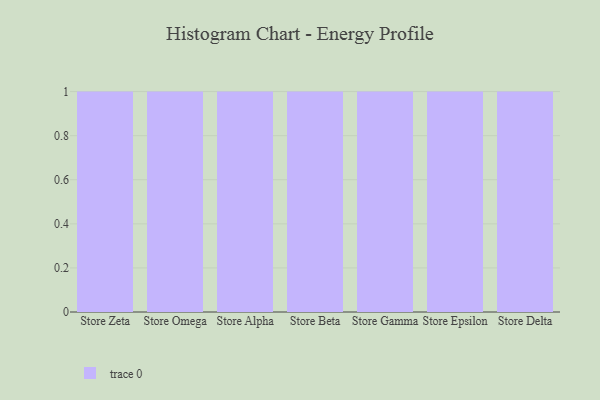
{"axis": {"x": "Store", "y": "Conversion Rate (%)"}, "legend": [""], "data": [{"x": "Store Zeta", "y": 9, "type": ""}, {"x": "Store Omega", "y": 10, "type": ""}, {"x": "Store Alpha", "y": 77, "type": ""}, {"x": "Store Beta", "y": 60, "type": ""}, {"x": "Store Gamma", "y": 74, "type": ""}, {"x": "Store Epsilon", "y": 38, "type": ""}, {"x": "Store Delta", "y": 5, "type": ""}]}